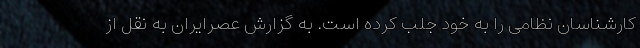
کارشناسان نظامی را به خود جلب کرده است. به گزارش عصرایران به نقل از